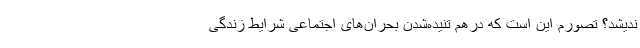
ندیشد؟ تصورم این است که درهم تنیده‌شدن بحران‌های اجتماعی شرایط زندگی